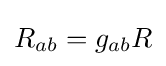
R_{ab}=g_{ab}R